Annual administration report of the Civil Veterinary Department of India - 1900-1901
Year: 1900
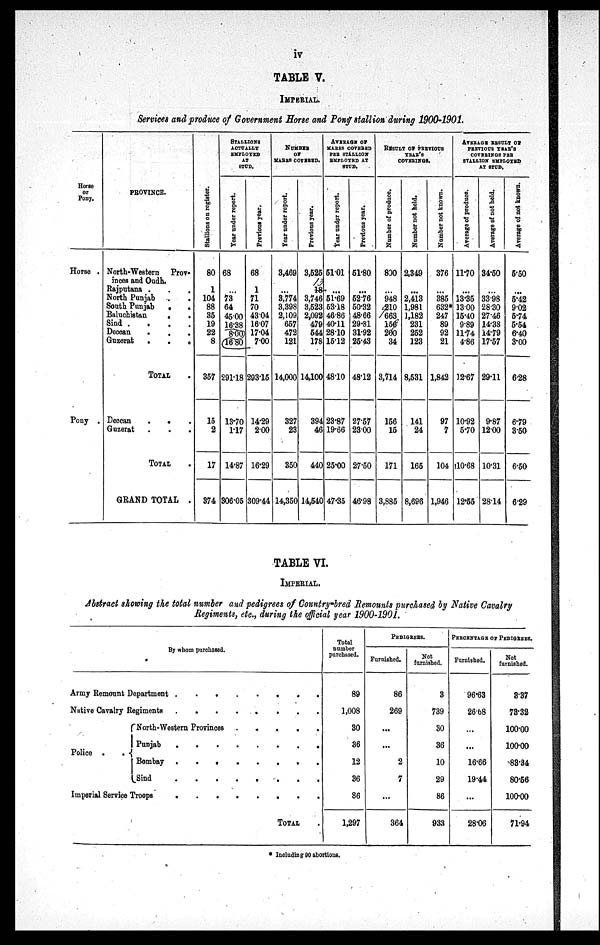
iv
TABLE V.
IMPERIAL.
Services and produce of Government Horse and Pony stallion during 1900-1901.
Horse
or
Pony.
Horse .
Pony .
PROVINCE.
North-Western Prov-
inces and Oudh .
Rajputana . . .
North Punjab
.
.
South Punjab
.
.
Baluchistan
.
.
Sind .
.
.
.
Deccan
. . . .
Guzerat
.
.
.
TOTAL .
Deccan
.
.
Guzerat . . . .
TOTAL .
GRAND TOTAL .
St al l
i
ons on register.
80
1
104
88
35
19
22
8
357
15
2
17
374
STALLIONS
ACTUALLY
EMPLOYED
AT
STUD.
Year under report.
68
...
73
64
45.00
16.38
8.00
16.80
291.18
13.70
1.17
14.87
306.05
Previous year.
68
1
71
70
43.04
16.07
17.04
7.00
293.15
14.29
2.00
16.29
309.44
NUMBER
OF
MARES COVERED.
Year under report.
3,469
...
3,774
3,398
2,109
657
472
121
14,000
327
23
350
14,350
Previous year.
3,525
18
3,746
3,523
2,092
479
544
178
14,100
394
46
440
14,540
AVERAGE OF
MARES COVERED
PER STALLION
EMPLOYED AT
STUD.
Year under report.
51.01
...
51.69
53.18
46.86
40.11
28.10
15.12
48.10
23.87
19.66
25.00
47.35
Previous year.
51.80
...
52.76
50.32
48.66
29.81
31.92
25.43
48.12
27.57
23.00
27.50
46.98
RESULT OF PREVIOUS
YERA'S
COVERINGS.
Number of produce.
800
...
948
210
663
156
200
34
3,714
156
15
171
3,885
Number not held.
2,349
...
2,413
1,981
1,182
231
252
123
8,531
141
24
165
8,696
Number not known.
376
...
385
632*
247
89
92
21
1,842
97
7
104
1,946
AVERAGE RESULT OF
PREVIOUS YEAR'S
COVERINGS PER
STALLION EMPLOYED
AT STUD.
Average of produce.
11.70
...
13.35
13.00
15.40
9.89
11.74
4.86
12.67
10.92
5.70
10.68
12.55
Average of not held.
34.50
...
3398
28.30
27.46
14.38
14.79
17.57
29.11
9.87
12.00
10.31
28.14
Average of not known.
5.50
...
5.42
9.02
5.74
5.54
6.40
3.00
6.28
6.79
3.50
6.50
6.29
TABLE VI.
IMPERIAL.
Abstract showing the total number and pedigrees of Country-bred Remounts purchased by Native Cavalry
Regiments, etc., during the official year 1900-1901.
By whom purchased.
Army Remount Department . . . . . . . . . . . .
Native Cavalry Regiments . . . . . . . . . . . .
Police .
.
North-Western Provinces .
.
.
.
.
Punjab
.
.
.
.
.
.
.
.
Bombay .
.
.
.
.
.
.
.
Sind . . . . . . . . . . .
Imperial Service Troops
.
.
.
.
.
.
.
TOTAL .
Total
number
purchased.
89
1,008
30
36
12
36
86
1,297
PEDIGREES.
Furnished.
86
269
...
...
2
7
...
364
Not
furnished.
3
739
30
36
10
29
86
933
PERCENTAGE OF PEDIGREES.
Furnished.
96.63
26.68
...
16.66
19.44
...
28.06
Not
furnished.
3.37
73.32
100.00
100.00
83.34
80.56
100.00
71.94
* Including 90 abortions.